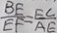
\frac { B E } { E F } = \frac { E C } { A E }